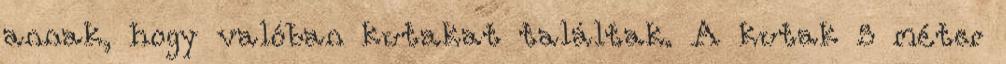
annak, hogy valóban kutakat találtak. A kutak 5 méter